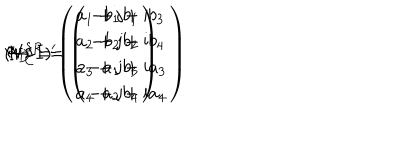
( V I I ) ^ { \prime } \hspace { 7 m m } \Psi _ { \bf D } = \left( \begin{array} { c } { { a _ { 1 } + \mathrm { j } b _ { 1 } } } \\ { { a _ { 2 } + \mathrm { j } b _ { 2 } } } \\ { { a _ { 3 } + \mathrm { j } b _ { 3 } } } \\ { { a _ { 4 } + \mathrm { j } b _ { 4 } } } \\ \end{array} \right) \hspace { 5 m m } \leftrightarrow \hspace { 5 m m } \Psi _ { \bf C } ^ { S R } = \left( \begin{array} { c } { { - b _ { 1 } + \mathrm { i } b _ { 3 } } } \\ { { - b _ { 2 } + \mathrm { i } b _ { 4 } } } \\ { { - a _ { 1 } + \mathrm { i } a _ { 3 } } } \\ { { - a _ { 2 } + \mathrm { i } a _ { 4 } } } \\ \end{array} \right)